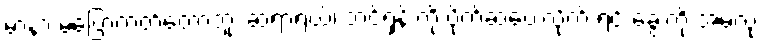
မာနာ မပြောတတ်တော့ဘူး ဆရာရယ်၊ ဘင်ရှန်းကို ပိုက်ဆံပေးလိုက် ရင် ခွေးကို အမဲလုံး